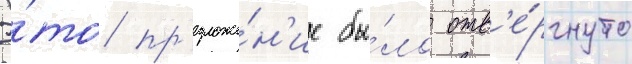
Э́то пр'едложе́н'ие бы́ло отв'е́ргнуто